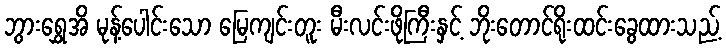
ဘွားရွှေအိ မုန့်ပေါင်းသော မြေကျင်းတူး မီးလင်းဖိုကြီးနှင့် ဘိုးတောင်ရိုးထင်းခွေထားသည့်